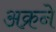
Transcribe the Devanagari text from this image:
अक्रने